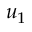
u _ { 1 }